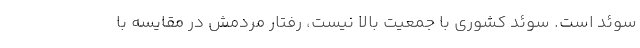
سوئد است. سوئد کشوری با جمعیت بالا نیست، رفتار مردمش در مقایسه با